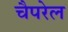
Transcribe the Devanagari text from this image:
चैपरेल